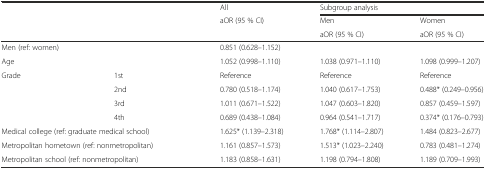
|  |  | All | <COLSPAN=2> Subgroup analysis |
 |  |  | aOR (95 % CI) | Men | Women |
 |  |  |  | aOR (95 % CI) | aOR (95 % CI) |
 | --- | --- | --- | --- | --- |
 | <COLSPAN=2> Men (ref: women) | 0.851 (0.628–1.152) |  |  |
 | <COLSPAN=2> Age | 1.052 (0.998–1.110) | 1.038 (0.971–1.110) | 1.098 (0.999–1.207) |
 | <ROWSPAN=4> Grade | 1st | Reference | Reference | Reference |
 | 2nd | 0.780 (0.518–1.174) | 1.040 (0.617–1.753) | 0.488* (0.249–0.956) |
 | 3rd | 1.011 (0.671–1.522) | 1.047 (0.603–1.820) | 0.857 (0.459–1.597) |
 | 4th | 0.689 (0.438–1.084) | 0.964 (0.541–1.717) | 0.374* (0.176–0.793) |
 | <COLSPAN=2> Medical college (ref: graduate medical school) | 1.625* (1.139–2.318) | 1.768* (1.114–2.807) | 1.484 (0.823–2.677) |
 | <COLSPAN=2> Metropolitan hometown (ref: nonmetropolitan) | 1.161 (0.857–1.573) | 1.513* (1.023–2.240) | 0.783 (0.481–1.274) |
 | <COLSPAN=2> Metropolitan school (ref: nonmetropolitan) | 1.183 (0.858–1.631) | 1.198 (0.794–1.808) | 1.189 (0.709–1.993) |